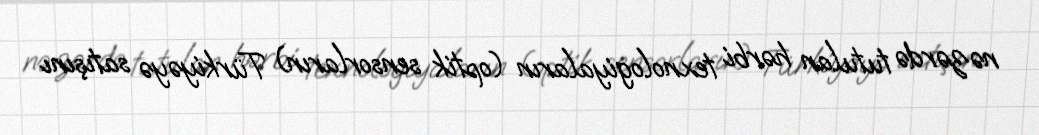
nəzərdə tutulan hərbi texnologiyaların (optik sensorların) Türkiyəyə satışını